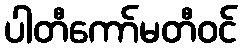
ပါတီကော်မတီဝင်